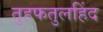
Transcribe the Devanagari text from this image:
तुहफतुलहिंद